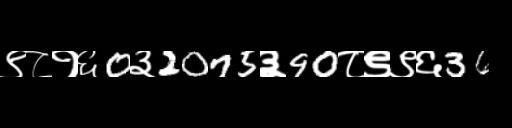
Text: ९८१६0३2075३90८९९६36